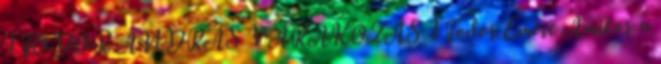
1 FODOR ANDRÁS VÁRAKOZÁS 1 Fodor Emese Amikor a